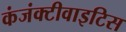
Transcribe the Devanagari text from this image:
कंजंक्टीवाइटिस